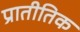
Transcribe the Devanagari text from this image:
प्रातीतिक